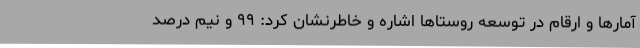
آمارها و ارقام در توسعه روستاها اشاره و خاطرنشان کرد: ۹۹ و نیم درصد